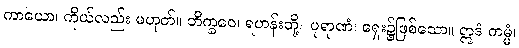
ကာယော၊ ကိုယ်လည်း မဟုတ်။ ဘိက္ခဝေ၊ ရဟန်းတို့။ ပုရာဏံ၊ ရှေး၌ဖြစ်သော။ ဣဒံ ကမ္မံ၊